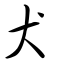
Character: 犬